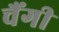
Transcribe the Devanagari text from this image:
चैंगी